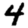
Digit: 4